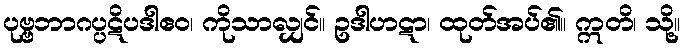
ပုဗ္ဗဘာဂပ္ပဋိပဒါဧဝ၊ ကိုသာလျှင်။ ဥဒါဟဋာ၊ ထုတ်အပ်၏။ ဣတိ၊ သို့။